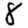
Digit: 8